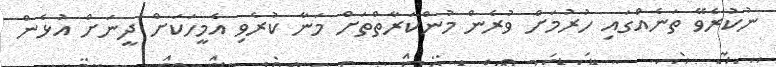
ނުކުރެވޭ ތަނެއްގައި ހުރުމަށް ވުރެން މުންކަރާތްތަށް މަނާ ކުރެވި އެމީހަކަށް ދީނަށް އުޅެން